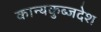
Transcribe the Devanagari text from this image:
कान्यकुब्जदेश